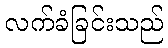
လက်ခံခြင်းသည်